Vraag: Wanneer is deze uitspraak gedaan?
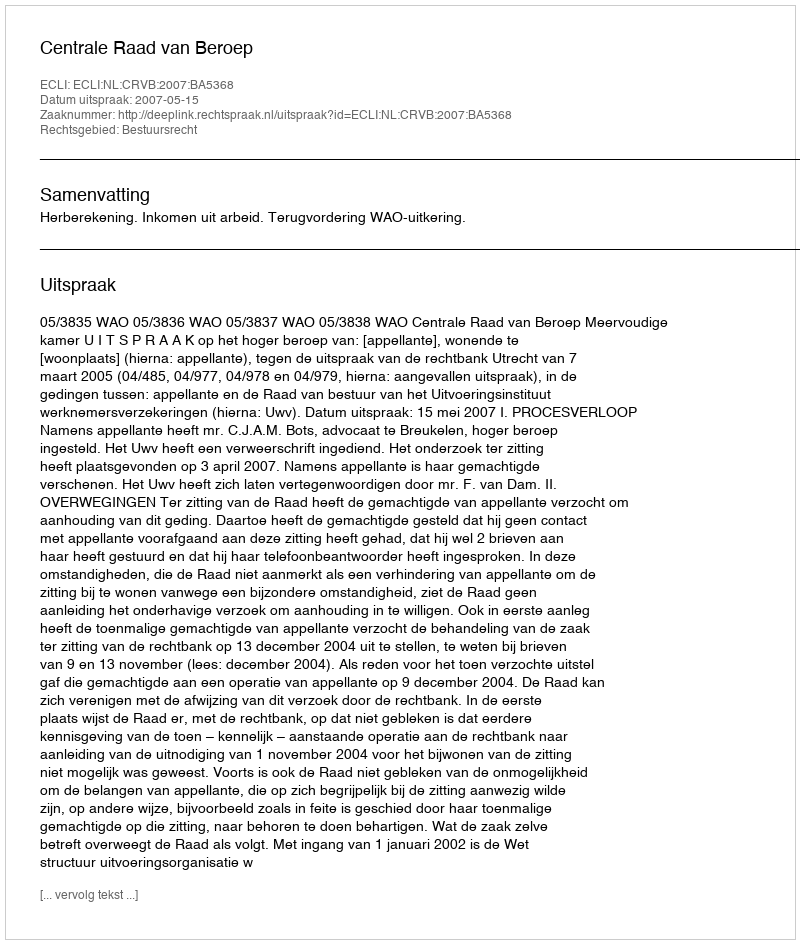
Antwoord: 2007-05-15